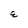
Character: E